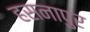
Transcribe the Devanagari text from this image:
हसनापुर